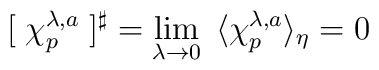
[\;\chi_p^{\lambda ,a}\;]^{\sharp}= \lim_{\lambda \rightarrow 0}\;\,\langle\chi^{\lambda, a}_{p}\rangle_\eta =0